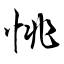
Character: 恌